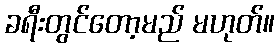
ခရီးတွင်တော့မည် မဟုတ်။